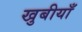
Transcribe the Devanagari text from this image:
खुबीयाँ